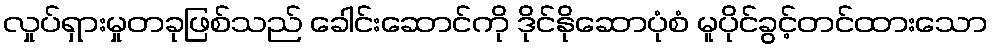
လှုပ်ရှားမှုတခုဖြစ်သည် ခေါင်းဆောင်ကို ဒိုင်နိုဆောပုံစံ မူပိုင်ခွင့်တင်ထားသော